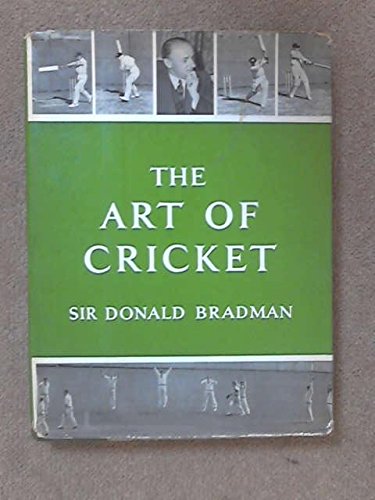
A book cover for The Art of Cricket; SIR DONALD BRADMAN; Sports & Outdoors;